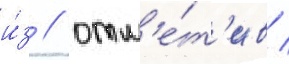
и́з / отм'е́т'ив /